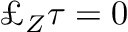
\pounds _ { Z } \tau = 0